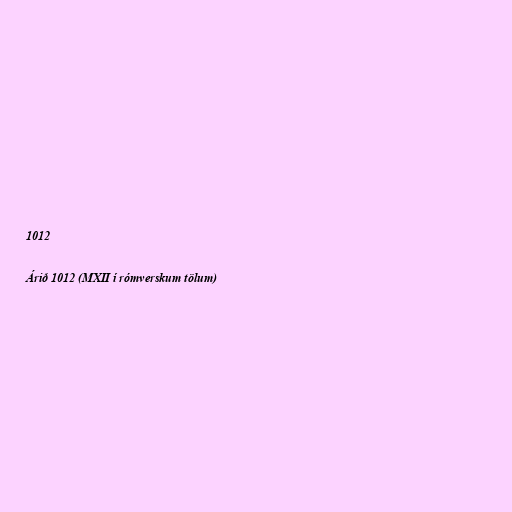
1012

Árið 1012 (MXII í rómverskum tölum)